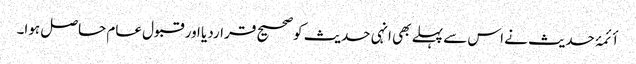
أئمۂ حدیث نے اس سے پہلے بھی انہی حدیث کوصحیح قراردیا اور قبول عام حاصل ہوا۔